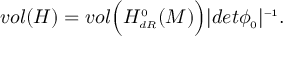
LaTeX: v o l ( H ) = v o l \Bigl ( H _ { \scriptscriptstyle d R } ^ { \scriptscriptstyle 0 } ( M ) \Bigr ) \vert d e t \phi _ { \scriptscriptstyle 0 } \vert ^ { \scriptscriptstyle - 1 } .